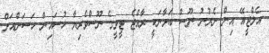
އެލްޖީއޭ އިން ނެރުނު ނޫސް ބަޔާނަކީ ރާއްޖެ ޓީވީގެ ނޫސްވެރިޔާ ހުސައިން ހަސަންއަށް